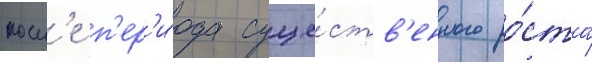
посл'е п'ер'и́ода суще́ств'енного ро́ста